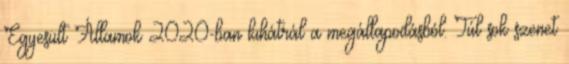
Egyesült Államok 2020-ban kihátrál a megállapodásból. Túl sok szenet